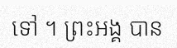
ទៅ ។ ព្រះអង្គ បាន